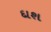
દાશ